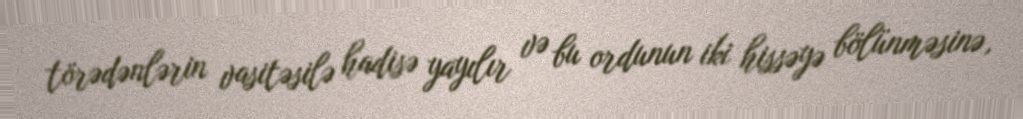
törədənlərin vasitəsilə hadisə yayılır və bu ordunun iki hissəyə bölünməsinə,